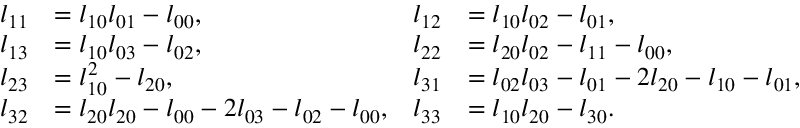
\begin{array} { r l r l } { l _ { 1 1 } } & { = l _ { 1 0 } l _ { 0 1 } - l _ { 0 0 } , } & { l _ { 1 2 } } & { = l _ { 1 0 } l _ { 0 2 } - l _ { 0 1 } , } \\ { l _ { 1 3 } } & { = l _ { 1 0 } l _ { 0 3 } - l _ { 0 2 } , } & { l _ { 2 2 } } & { = l _ { 2 0 } l _ { 0 2 } - l _ { 1 1 } - l _ { 0 0 } , } \\ { l _ { 2 3 } } & { = l _ { 1 0 } ^ { 2 } - l _ { 2 0 } , } & { l _ { 3 1 } } & { = l _ { 0 2 } l _ { 0 3 } - l _ { 0 1 } - 2 l _ { 2 0 } - l _ { 1 0 } - l _ { 0 1 } , } \\ { l _ { 3 2 } } & { = l _ { 2 0 } l _ { 2 0 } - l _ { 0 0 } - 2 l _ { 0 3 } - l _ { 0 2 } - l _ { 0 0 } , } & { l _ { 3 3 } } & { = l _ { 1 0 } l _ { 2 0 } - l _ { 3 0 } . } \end{array}